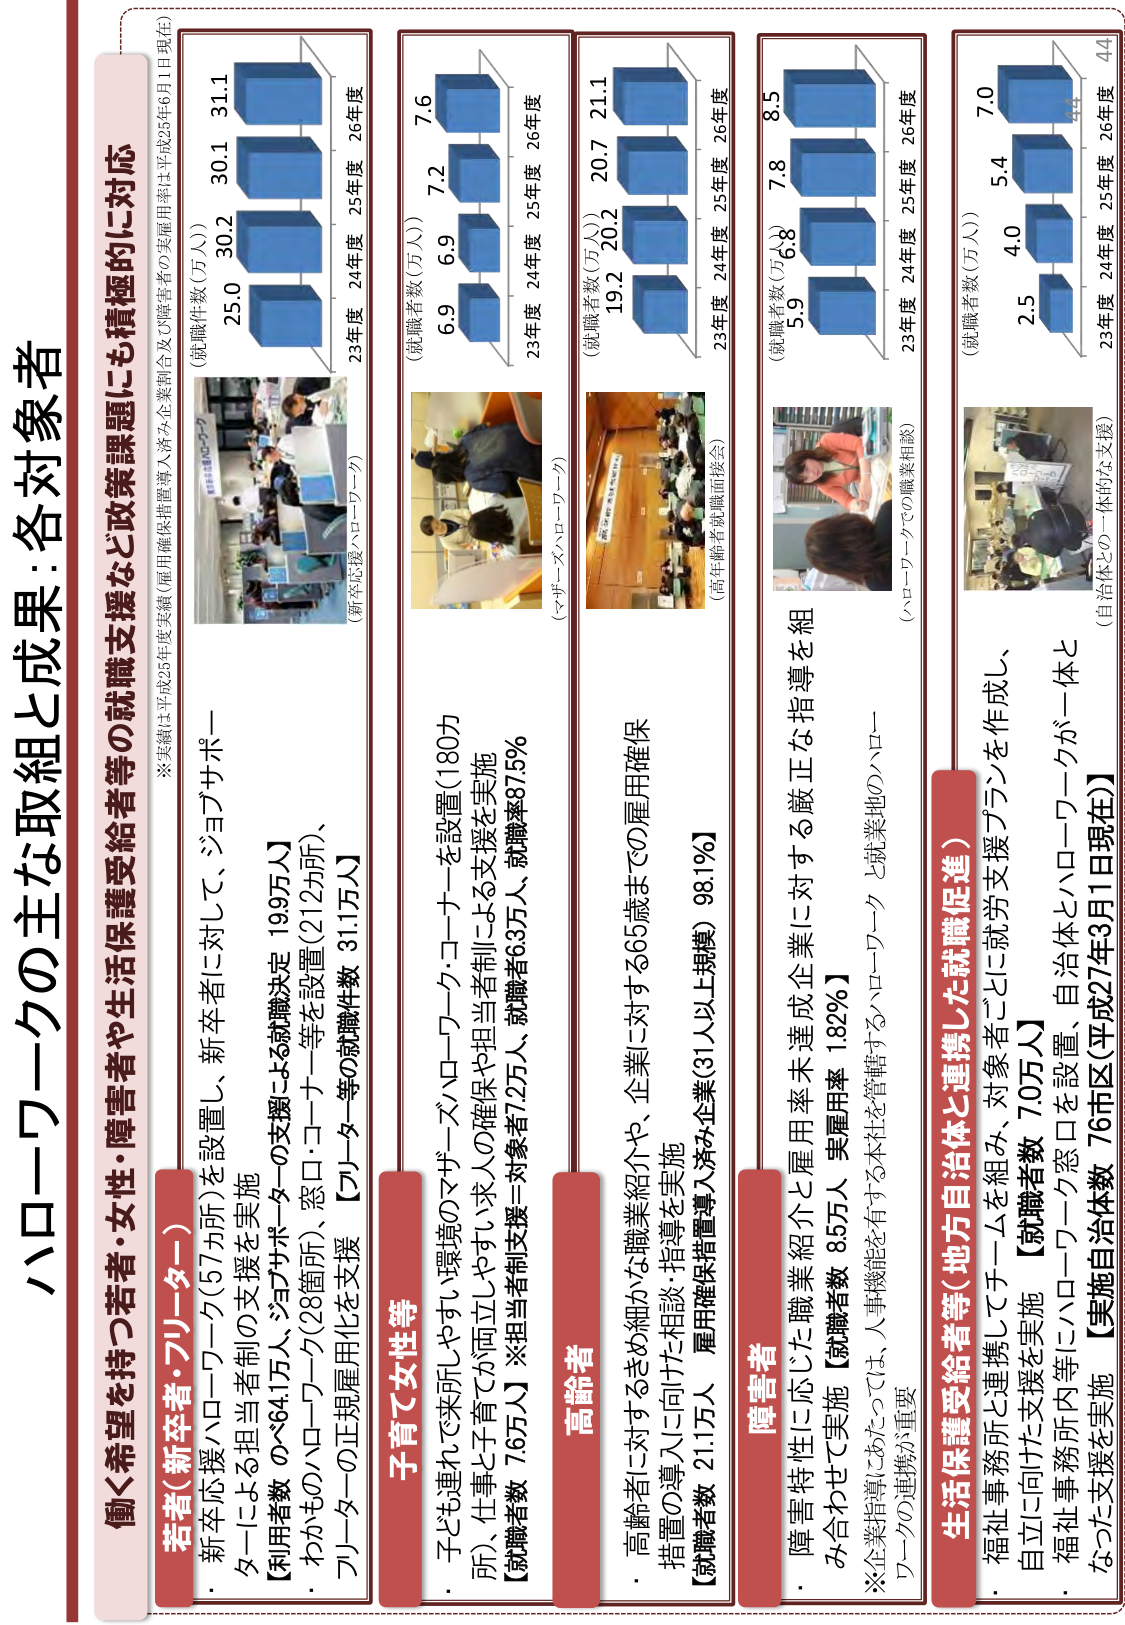
ハローワークの主な取組と成果：各対象者

働く希望を持つ若者・女性・障害者や生活保護受給者等の就職支援など政策課題にも積極的に対応

※実績は平成25年度実績（雇用確保措置導入済み企業割合及び障害者の実雇用率は平成25年6月1日現在）

若者（新卒者・フリーター）
・新卒応援ハローワーク（57か所）を設置し、新卒者に対して、ジョブサポート
ターによる担当者制の支援を実施
【利用者数 64.1万人、ジョブサポートの支援による就職決定 19.9万人】
・わかものハローワーク（28箇所）、窓口・コーナー等を設置（212か所）、
フリーターの正規雇用化を支援【フリーター等の就職件数 31.1万人】

（就職件数（万人））
25.0 30.2 30.1 31.1
23年度 24年度 25年度 26年度
（新卒応援ハローワーク）

子育て女性等
・子ども連れで来所しやすい環境のマザーハローワーク・コーナーを設置（180か
所）、仕事と子育てが両立しやすい求人の確保や担当者制による支援を実施
【就職者数 7.6万人】※担当者制支援＝対象者7.2万人、就職率87.5%

（就職者数（万人））
6.9 6.9 7.2 7.6
23年度 24年度 25年度 26年度
（マザーハローワーク）

高齢者
・高齢者に対するきめ細かな職業紹介や、企業に対する65歳までの雇用確保
措置の導入に向けた相談・指導を実施
【就職者数 21.1万人 雇用確保措置導入済み企業（31人以上規模）98.1%】

（就職者数（万人））
19.2 20.2 20.7 21.1
23年度 24年度 25年度 26年度
（高年齢者就職面談会）

障害者
・障害特性に応じた職業紹介と雇用率未達成企業に対する厳正な指導を組
み合わせて実施【就職者数 8.5万人 実雇用率 1.82%】
※企業指導にあたっては、人事機能を有する本社を管轄するハローワークと就業地のハロー
ワーカの連携が重要

（就職者数（万人））
5.9 6.8 7.8 8.5
23年度 24年度 25年度 26年度
（ハローワークでの職業相談）

生活保護受給者等（地方自治体と連携した就職促進）
・福祉事務所と連携してチームを組み、対象者ごとに就労支援プランを作成し、
自立に向けた支援を実施【就職者数 7.0万人】
・福祉事務所内等にハローワーク窓口を設置、自治体とハローワークが一体と
なった支援を実施【実施自治体数 76市区（平成27年3月1日現在）】

（就職者数（万人））
2.5 4.0 5.4 7.0
23年度 24年度 25年度 26年度
（自治体との一体的な支援）